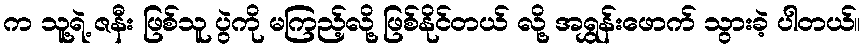
က သူ့ရဲ့ ဇနီး ဖြစ်သူ ပွဲကို မကြည့်လို့ ဖြစ်နိုင်တယ် လို့ အရွှန်းဖောက် သွားခဲ့ ပါတယ်။